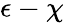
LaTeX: \epsilon-\chi